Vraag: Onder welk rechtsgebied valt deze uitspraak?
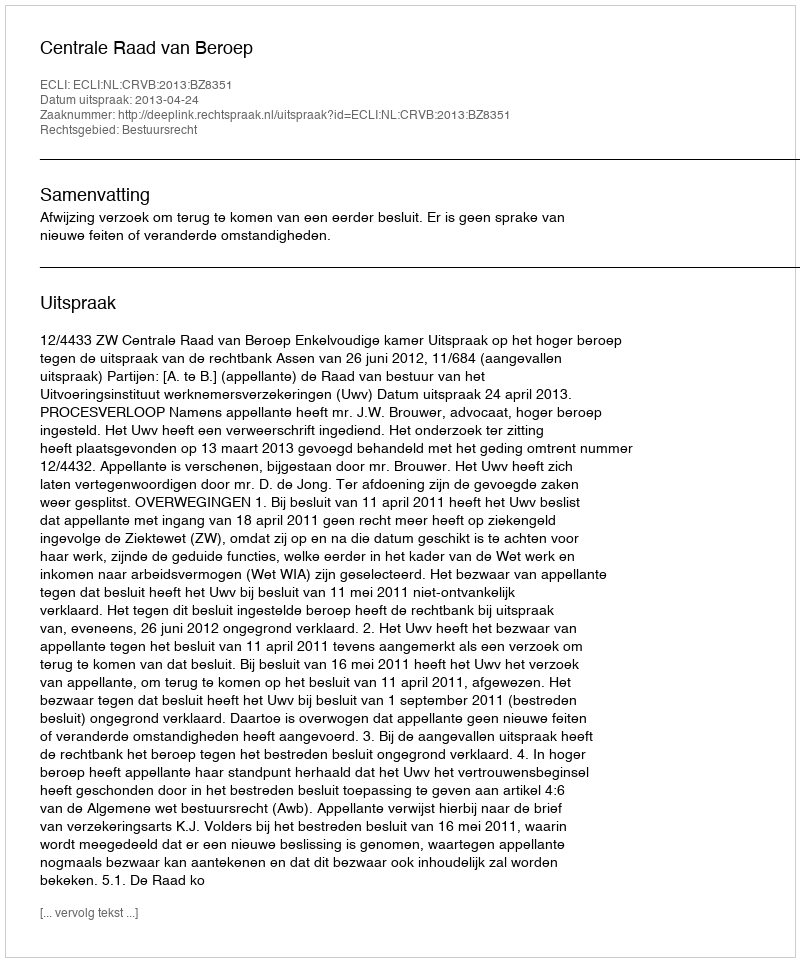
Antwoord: Bestuursrecht